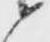
候